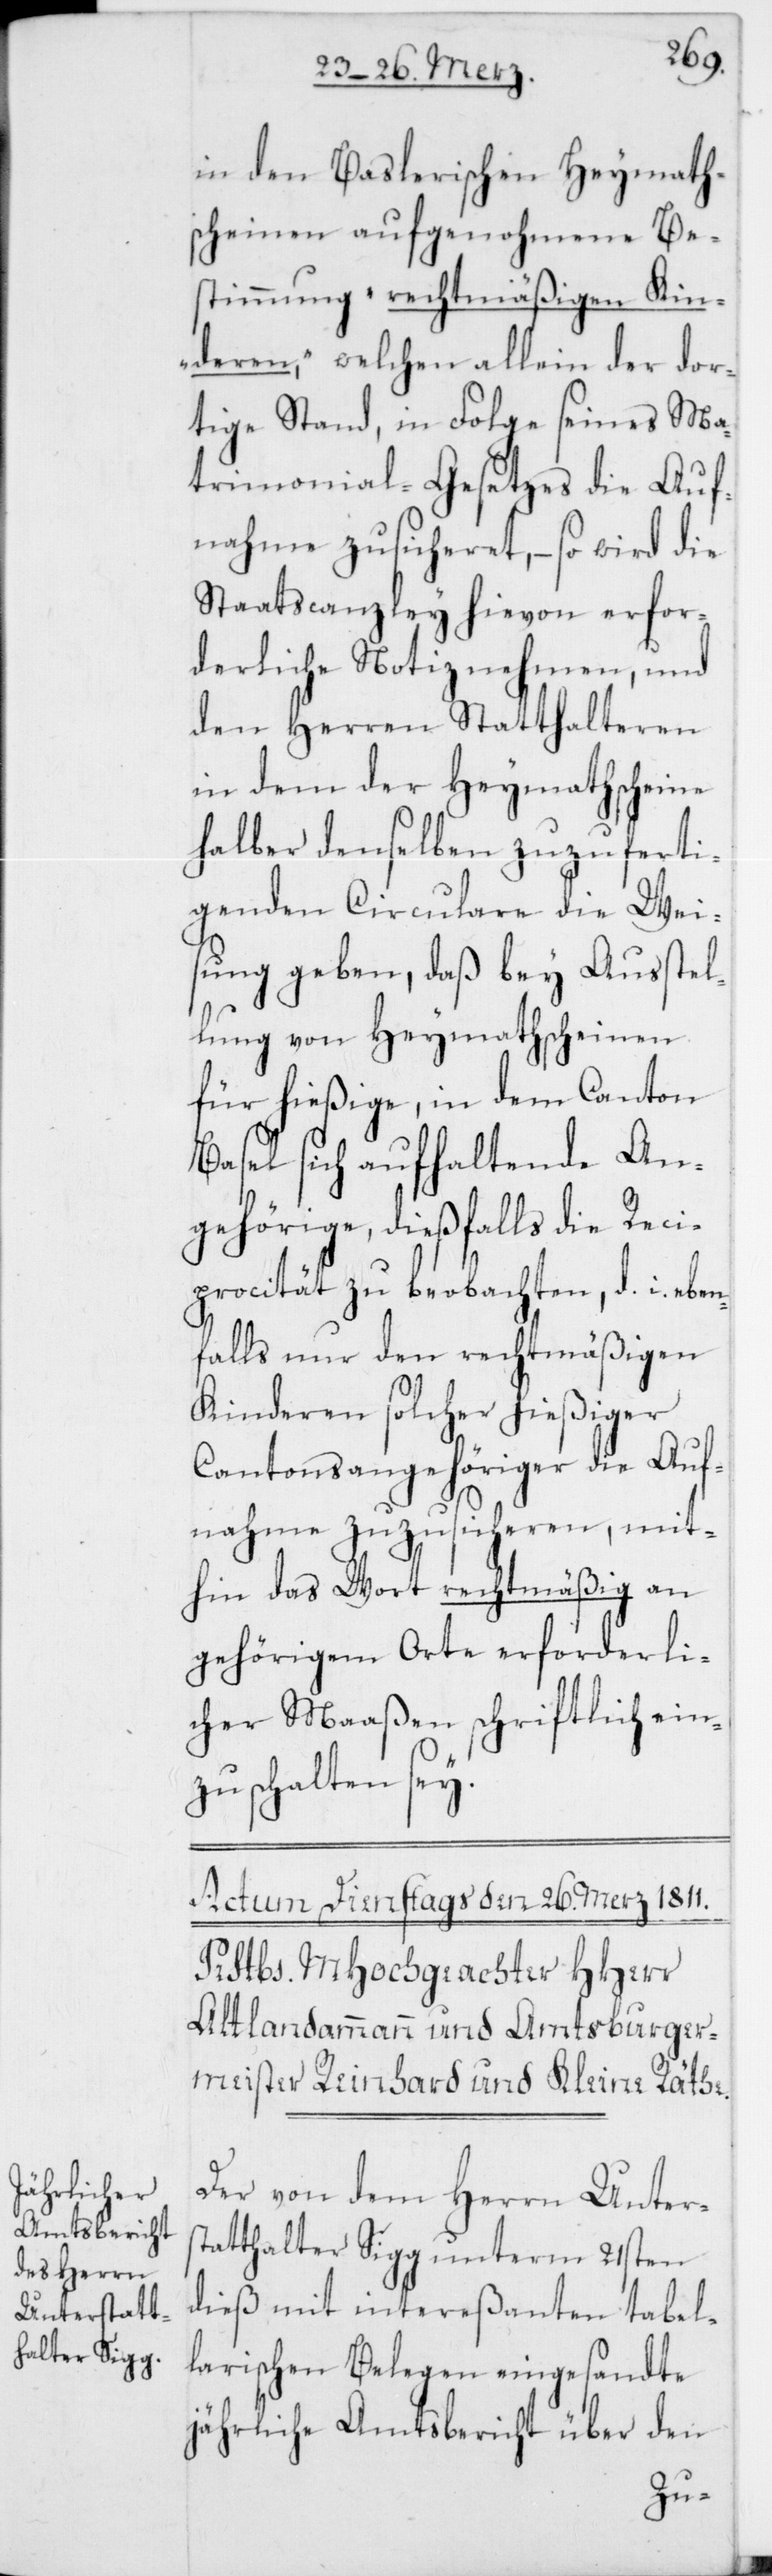
in den Baslerischen Heymath¬
scheinen aufgenohmene Be¬
stimmung „rechtmäßigen Kin¬
deren“, welchen allein der dor¬
tige Stand, in Folge seines Ma¬
trimonial-Gesetzes die Auf¬
nahme zusicheret, – so wird die
Staatscanzley hievon erfor¬
derliche Notiz nehmen, und
den Herren Statthalteren
in dem der Heymathscheine
halber denselben zuzuferti¬
genden Circulare die Weis¬
ung geben, daß bey Ausstel¬
lung von Heymathscheinen
für hießige, in dem Canton
Basel sich aufhaltende An¬
gehörige, dießfalls die Reci¬
procität zu beobachten, d. i. eben¬
falls nur den rechtmäßigen
Kinderen solcher hießiger
Cantonsangehöriger die Auf¬
nahme zuzusicheren, mit¬
hin das Wort rechtmäßig an
gehörigem Orte erforderli¬
cher Maaßen schriftlich ein¬
zuschalten sey.
Der von dem Herrn Unters¬
tatthalter Sigg unterm 21sten
dieß mit intereßanten tabel¬
larischen Belegen eingesandte
jährliche Amtsbericht über den